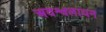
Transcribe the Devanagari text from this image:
अवश्वलायन